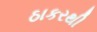
ઠાકરથી